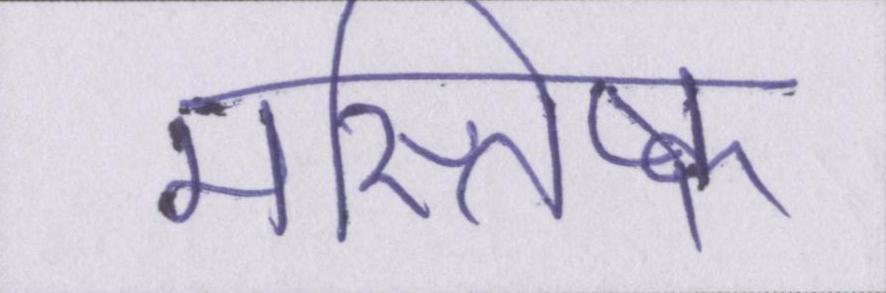
मस्तिष्क